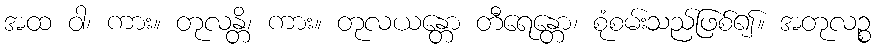
အထ ဝါ၊ ကား။ တုလန္တိ၊ ကား။ တုလယန္တော တီရေန္တော၊ စုံစမ်းသည်ဖြစ်၍။ အတုလဉ္စ